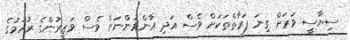
ސިޔާސީ ވަރަށް ގިނަ ފަރާތްތަކަށް ވެސް އަދި އާންމުންނަށް ވެސް ވަޒީރުންގެ ރުހުމުގެ